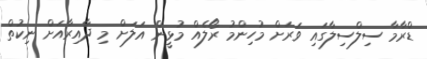
ޑްރާމާ ސިލްސިލާގައި ވަރަށް މުހިންމު ރޯލެއް މުޅީން އަލަށް މި ދާއިރާއަށް ނިކުތް